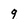
Character: q